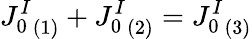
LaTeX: {J_{0}^{I}}_{(1)}+{J_{0}^{I}}_{(2)}={J_{0}^{I}}_{(3)}